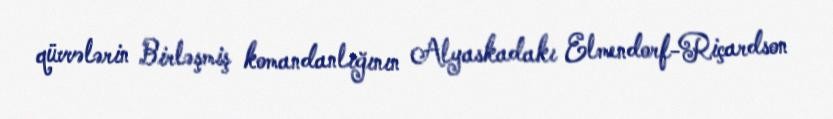
qüvvələrin Birləşmiş komandanlığının Alyaskadakı Elmendorf-Riçardson